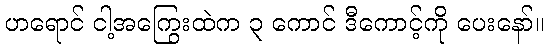
ဟရောင် ငါ့အကြွေးထဲက ၃ ကောင် ဒီကောင့်ကို ပေးနော်။